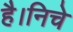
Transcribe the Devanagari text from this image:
है।निचे